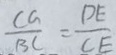
\frac { C G } { B C } = \frac { D E } { C E }